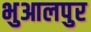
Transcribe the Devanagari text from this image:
भुआलपुर